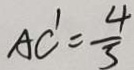
A C ^ { \prime } = \frac { 4 } { 3 }